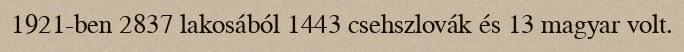
1921-ben 2837 lakosából 1443 csehszlovák és 13 magyar volt.